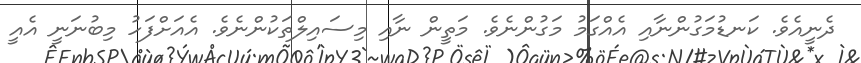
ދެނީއެވެ. ކަނޑުމަގުންނާއި އެއްގަމު މަގުންނެވެ. މަތީން ނާއި މިސައިލްތަކުންނެވެ. އެއަށްފަހު މިބުނަނީ އެއީ